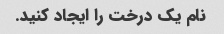
نام یک درخت را ایجاد کنید.